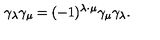
\gamma _ { \lambda } \gamma _ { \mu } = ( - 1 ) ^ { \lambda \cdot \mu } \gamma _ { \mu } \gamma _ { \lambda } .